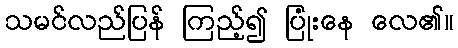
သမင်လည်ပြန် ကြည့်၍ ပြုံးနေ လေ၏။